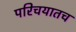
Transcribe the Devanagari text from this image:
परिचयातच